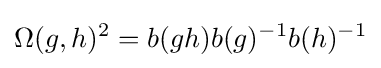
\Omega (g,h)^{2}=b(gh)b(g)^{-1}b(h)^{-1}